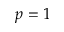
p = 1